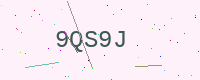
Text: 9QS9J